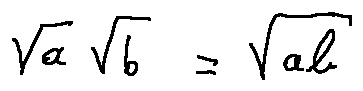
\sqrt { a } \sqrt { b } = \sqrt { a b }